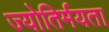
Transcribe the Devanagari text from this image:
ज्योतिर्मयता